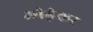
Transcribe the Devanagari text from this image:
ओढ़ेकर